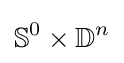
\mathbb {S} ^{0}\times \mathbb {D} ^{n}